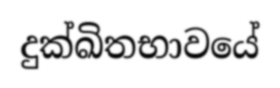
දුක්ඛිතභාවයේ